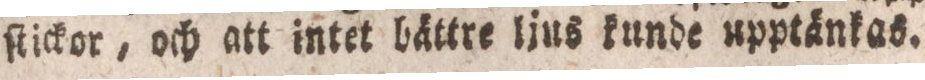
ſtickor, och att intet bättre ljus kunde upptänkas.